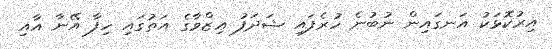
އިރުކޮޅަކު އަނގައިން ނުބުނެ ހުރެފައި ޝަދަފު ޢިޒްވާގެ އަތުގައި ހިފާ އޭނާ އާއި